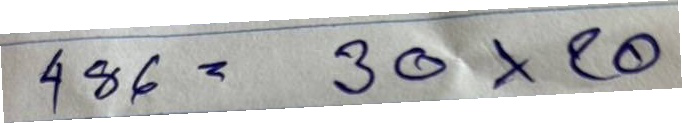
486 = 30x20